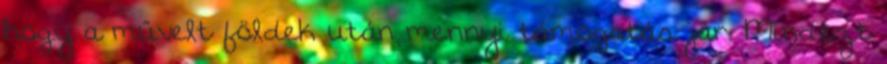
hogy a művelt földek után mennyi támogatás jár. Mindezt